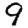
Digit: 9